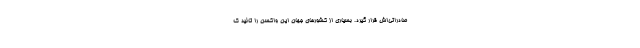
صادراتی‌اش قرار گیرد. بسیاری از کشورهای جهان این واکسن را تائید ک